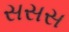
સસસ